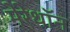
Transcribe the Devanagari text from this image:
मेरेथॉन